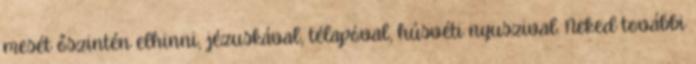
mesét őszintén elhinni, jézuskával, télapóval, húsvéti nyuszival. Neked további